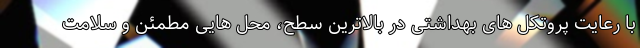
با رعایت پروتکل های بهداشتی در بالاترین سطح، محل هایی مطمئن و سلامت